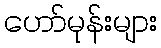
ဟော်မုန်းများ